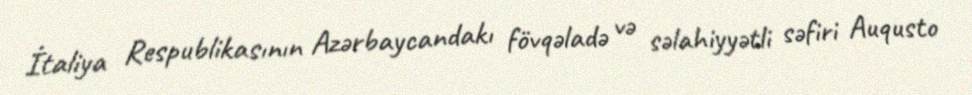
İtaliya Respublikasının Azərbaycandakı fövqəladə və səlahiyyətli səfiri Auqusto